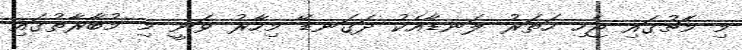
މި މެޗުގައި ޖެހި ހަތަރު ލަނޑާއެކު ދަގަނޑޭ މިހާރު ވަނީ މި މުބާރާތުގައި